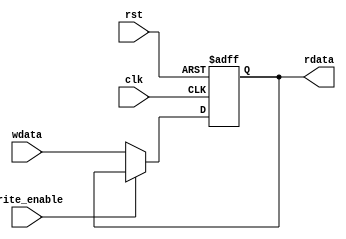
module REG_N ( clk, rst, wdata, write_enable, rdata );
parameter reg_size = 32;
input clk, rst, write_enable;
input [reg_size - 1:0] wdata;
output reg [reg_size - 1:0] rdata;

always@( posedge clk, negedge rst )

     if( !rst )
          rdata <= 4'h0000;
     else if( !write_enable )
          rdata <= wdata;

endmodule